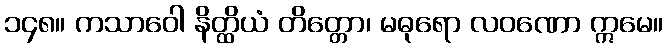
၁၄၈။ ကသာဝေါ နိတ္ထိယံ တိတ္တော၊ မဓုရော လဝဏော ဣမေ။